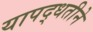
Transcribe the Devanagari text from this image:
यापद्धतीने